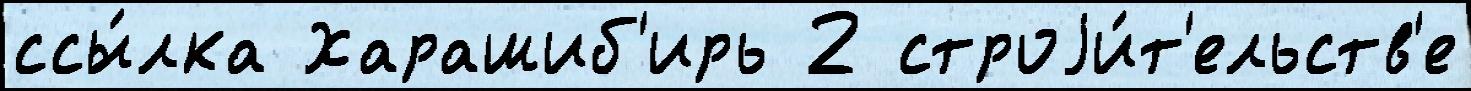
ссы́лка Харашиб'ирь 2 строjи́т'ельств'е